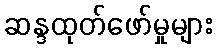
ဆန္ဒထုတ်ဖော်မှုများ